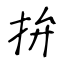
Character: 拚